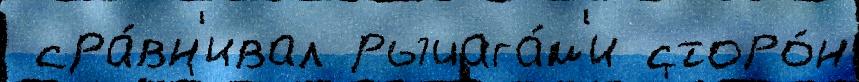
 сра́вн'ивал рычага́м'и сторо́н